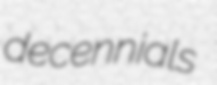
decennials